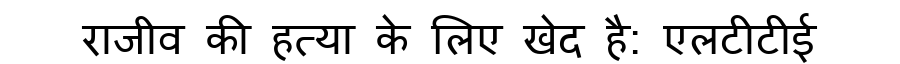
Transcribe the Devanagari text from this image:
राजीव की हत्या के लिए खेद है: एलटीटीई